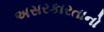
અસરકારતાનો